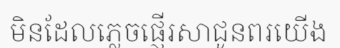
មិនដែលភ្លេចផ្ញើរសាជូនពរយើង